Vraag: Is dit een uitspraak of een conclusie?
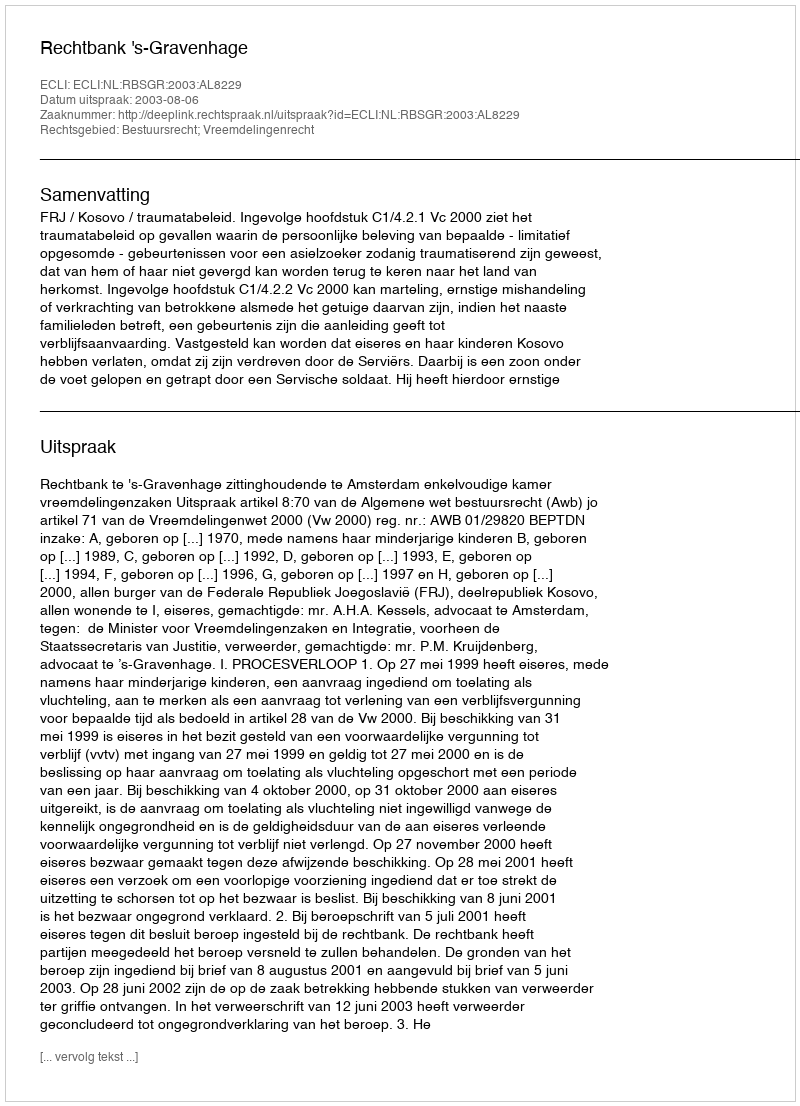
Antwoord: Uitspraak